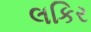
લકિર